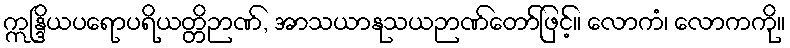
ဣန္ဒြိယပရောပရိယတ္တိဉာဏ်, အာသယာနုသယဉာဏ်တော်ဖြင့်။ လောကံ၊ လောကကို။